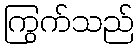
ကြွက်သည်